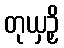
တုယှဉှိ